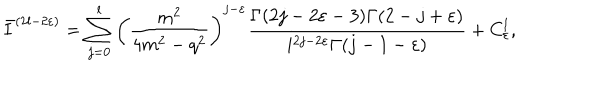
\bar { I } ^ { ( 2 l - 2 \varepsilon ) } = \sum _ { j = 0 } ^ { l } \left( \frac { m ^ { 2 } } { 4 m ^ { 2 } - q ^ { 2 } } \right) ^ { j - \varepsilon } \frac { \Gamma ( 2 j - 2 \varepsilon - 3 ) \Gamma ( 2 - j + \varepsilon ) } { i ^ { 2 j - 2 \varepsilon } \Gamma ( j - 1 - \varepsilon ) } + C _ { \varepsilon } ^ { l } ,